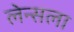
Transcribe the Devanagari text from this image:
लेन्सला